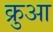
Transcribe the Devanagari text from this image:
क्रुआ